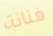
فنانة